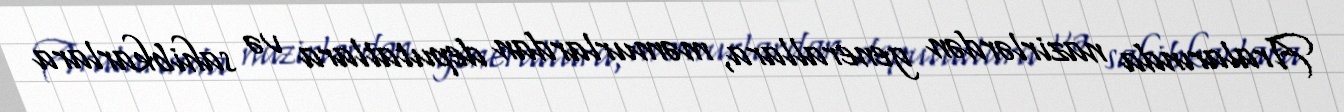
Aralarında nazirlərdən generallara, məmurlardan deputatlara və sahibkarlara